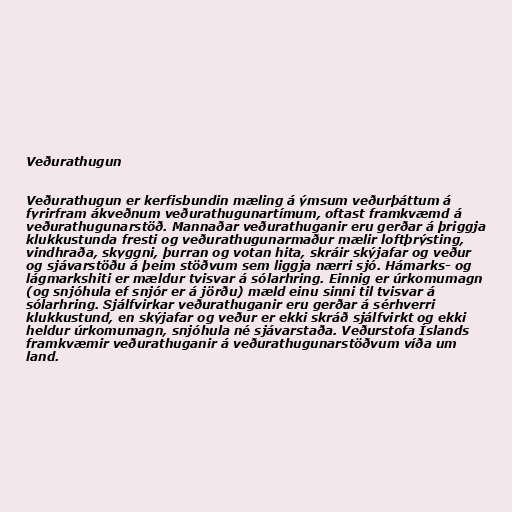
Veðurathugun

Veðurathugun er kerfisbundin mæling á ýmsum veðurþáttum á
fyrirfram ákveðnum veðurathugunartímum, oftast framkvæmd á
veðurathugunarstöð. Mannaðar veðurathuganir eru gerðar á þriggja
klukkustunda fresti og veðurathugunarmaður mælir loftþrýsting,
vindhraða, skyggni, þurran og votan hita, skráir skýjafar og veður
og sjávarstöðu á þeim stöðvum sem liggja nærri sjó. Hámarks- og
lágmarkshiti er mældur tvisvar á sólarhring. Einnig er úrkomumagn
(og snjóhula ef snjór er á jörðu) mæld einu sinni til tvisvar á
sólarhring. Sjálfvirkar veðurathuganir eru gerðar á sérhverri
klukkustund, en skýjafar og veður er ekki skráð sjálfvirkt og ekki
heldur úrkomumagn, snjóhula né sjávarstaða. Veðurstofa Íslands
framkvæmir veðurathuganir á veðurathugunarstöðvum víða um
land.